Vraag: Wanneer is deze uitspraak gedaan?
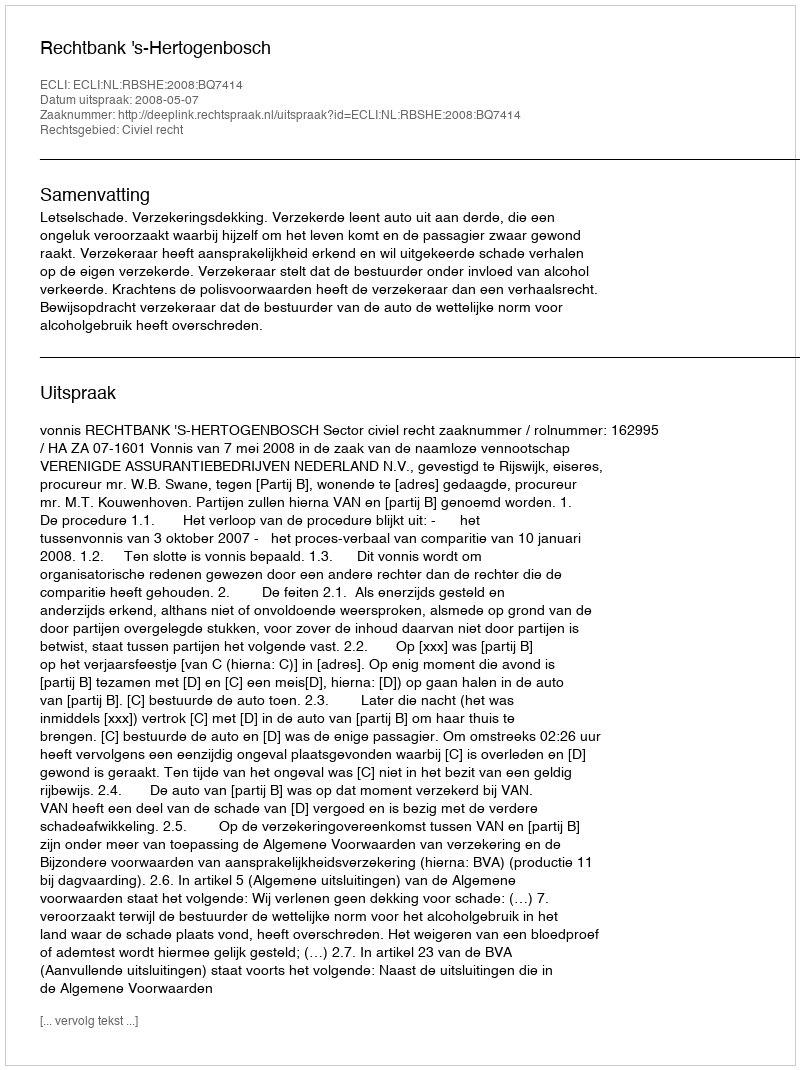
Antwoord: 2008-05-07